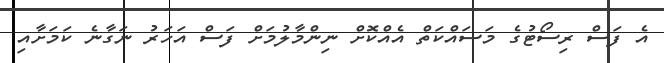
އެ ފަސް ރިސޯޓުގެ މަސައްކަތް އެއްކޮށް ނިންމާލުމަށް ފަސް އަހަރު ނަގާނެ ކަމަށާއި